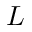
L